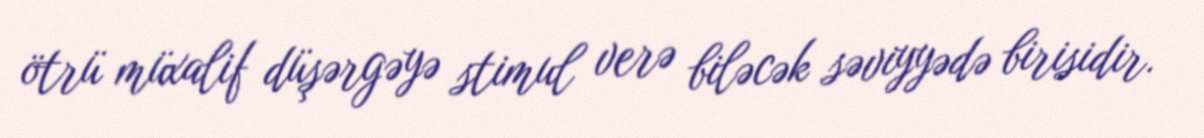
ötrü müxalif düşərgəyə stimul verə biləcək səviyyədə birisidir.